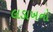
લડાખનો